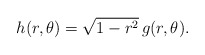
\begin{align*}h(r,\theta)=\sqrt{1-r^2}\,g(r,\theta). \end{align*}